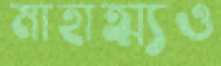
মাহাত্ম্যও